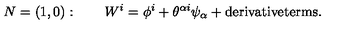
N = ( 1 , 0 ) : \qquad W ^ { i } = \phi ^ { i } + \theta ^ { \alpha i } \psi _ { \alpha } + \mathrm { \small d e r i v a t i v e t e r m s } .